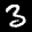
Digit: 3